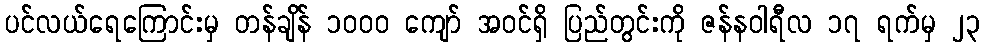
ပင်လယ်ရေကြောင်းမှ တန်ချိန် ၁ဝဝဝ ကျော် အဝင်ရှိ ပြည်တွင်းကို ဇန်နဝါရီလ ၁၇ ရက်မှ ၂၃